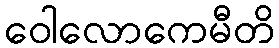
ဝေါလောကေမီတိ